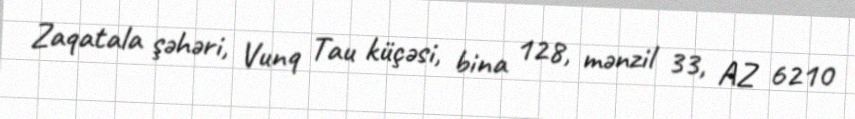
Zaqatala şəhəri, Vunq Tau küçəsi, bina 128, mənzil 33, AZ 6210